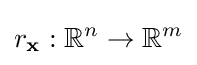
r_{\mathbf {x} }:\mathbb {R} ^{n}\to \mathbb {R} ^{m}